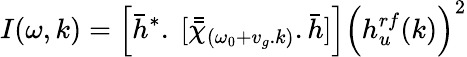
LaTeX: I(\omega,k)=\Big[\bar{h}^{*}.~[\bar{\bar{\chi}}_{(\omega_{0}+v_{g}.k)}.\bar{h}]\Big]\Big(h_{u}^{rf}(k)\Big)^{2}